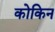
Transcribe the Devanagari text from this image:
कोकिन